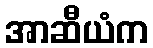
အာဆီယံက